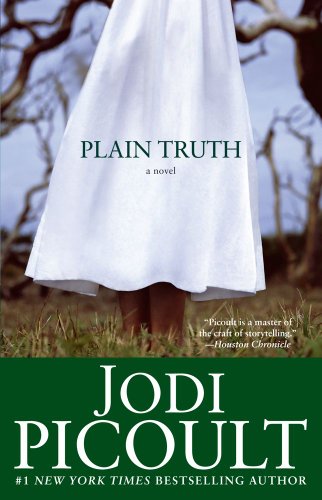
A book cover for Plain Truth; Jodi Picoult; Mystery, Thriller & Suspense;